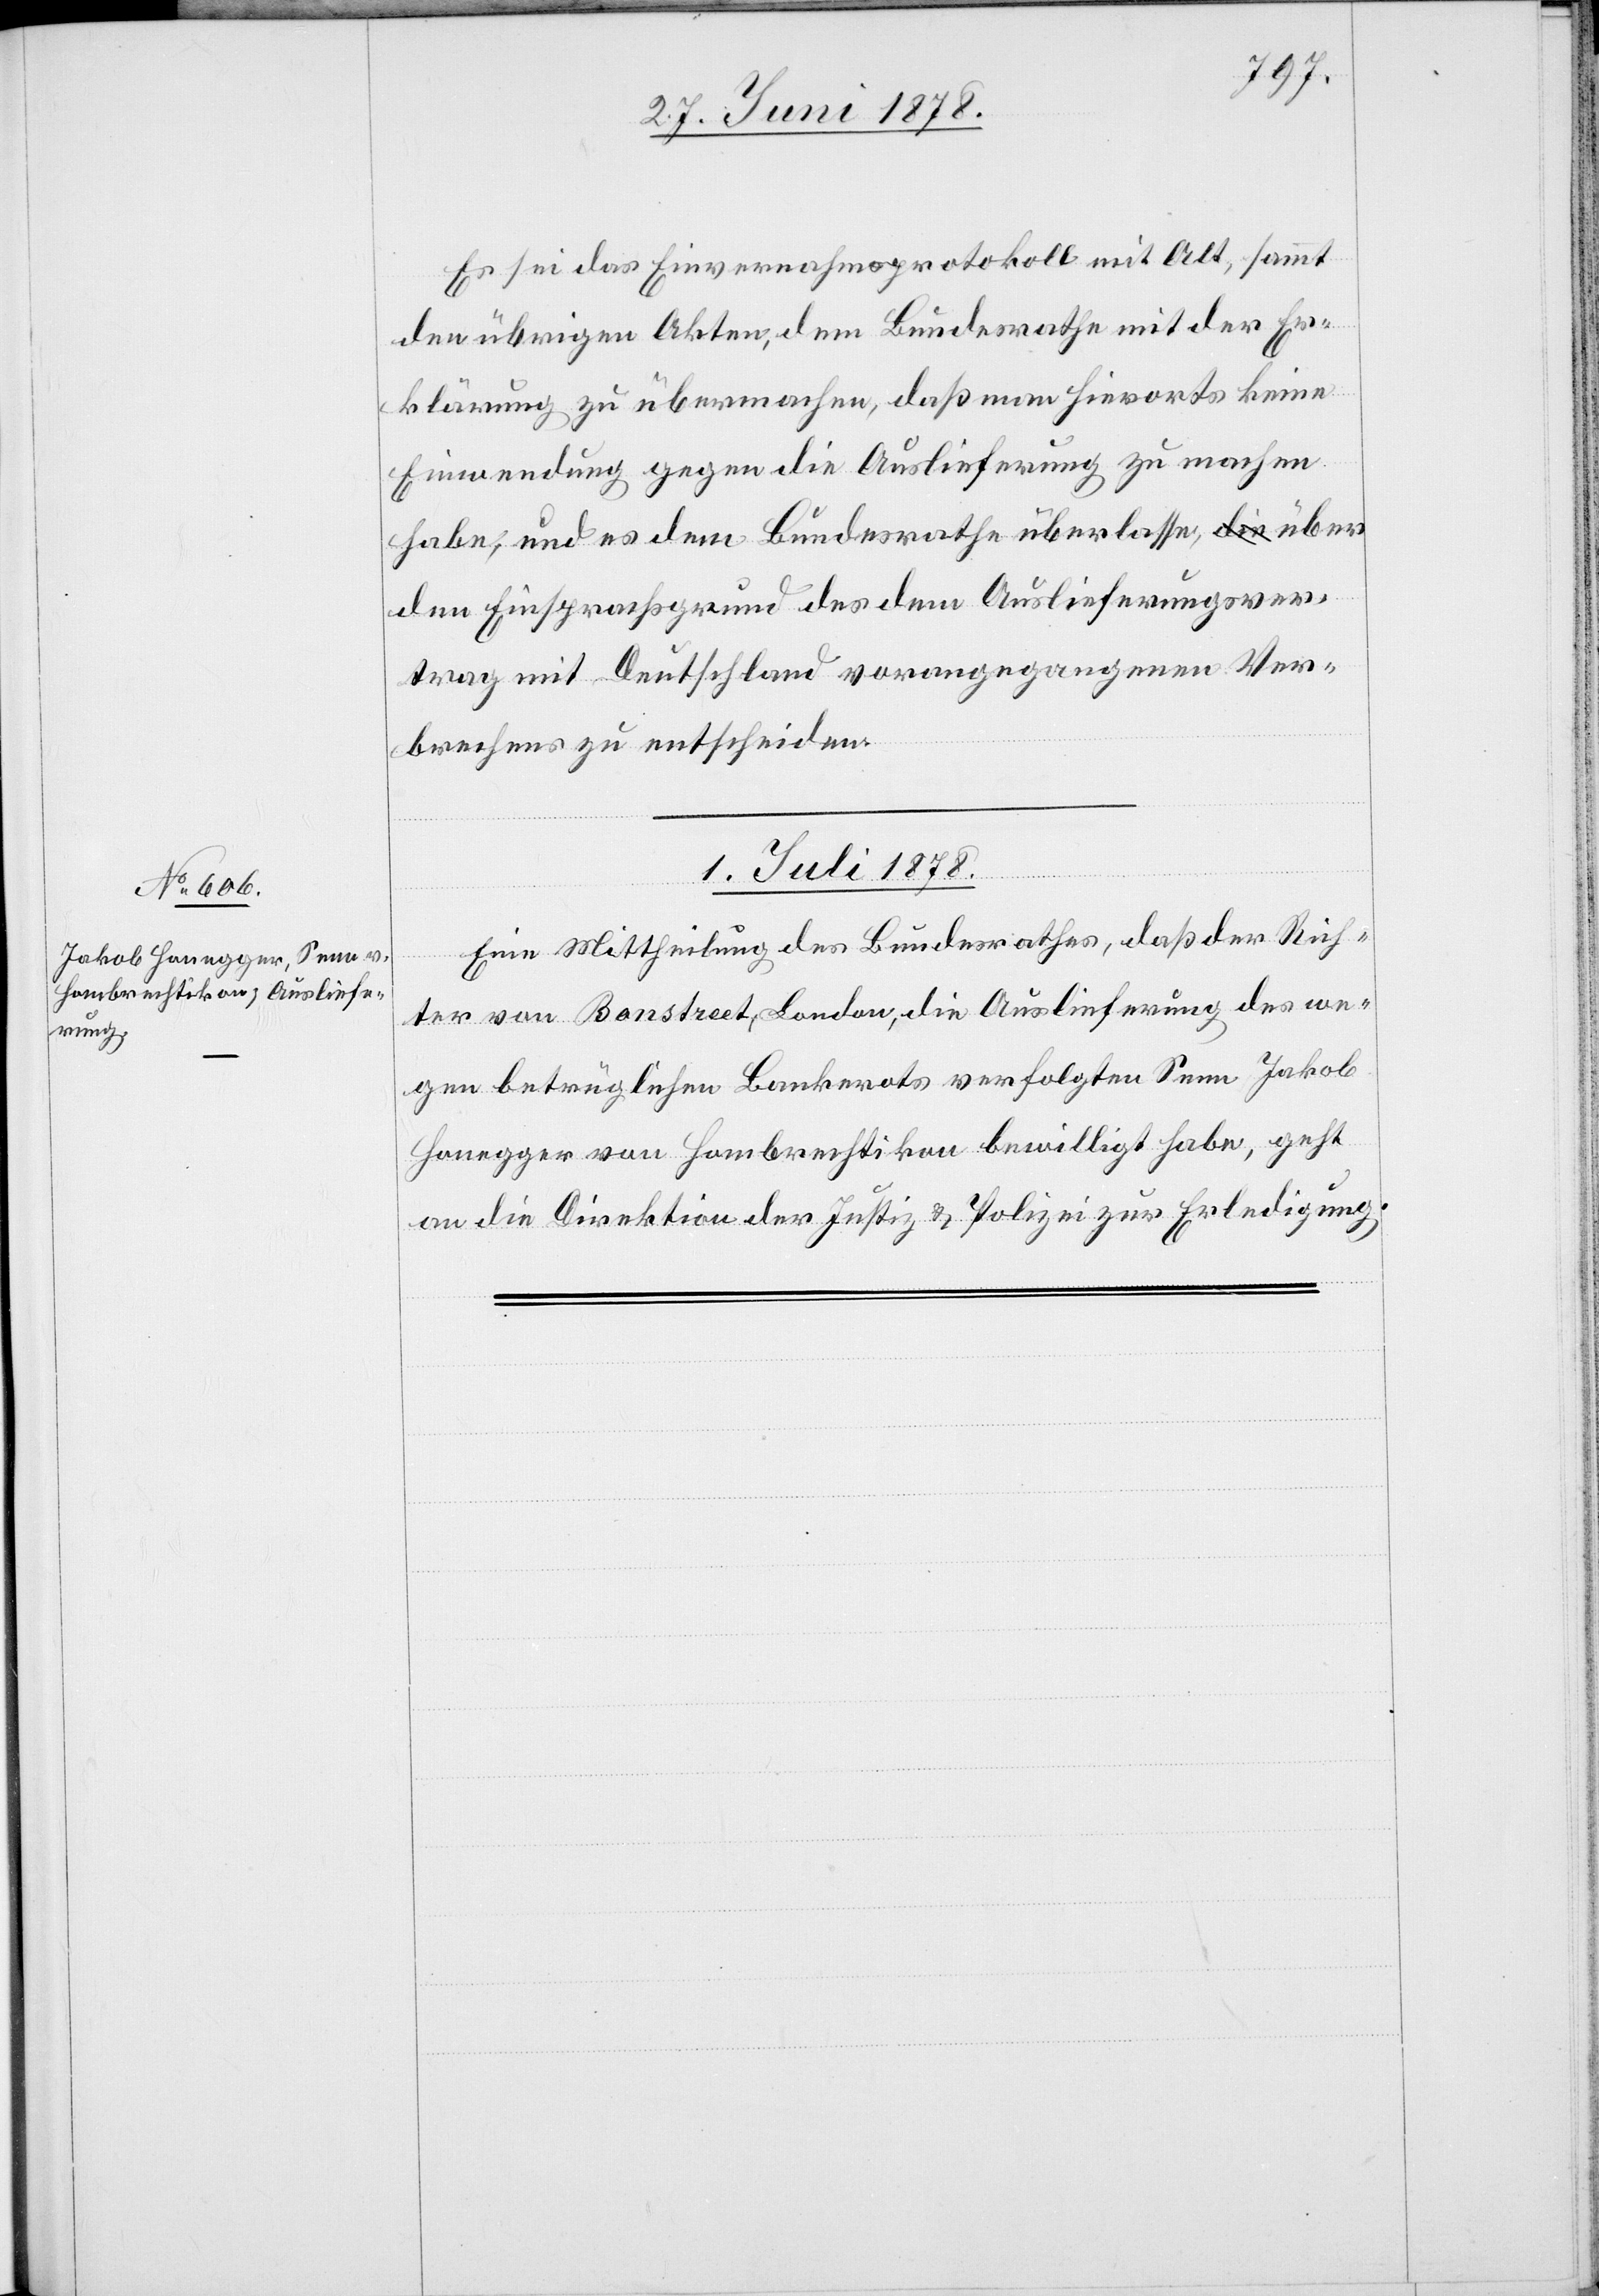
Es sei das Einvernahmsprotokoll mit Alt, sammt
den übrigen Akten, dem Bundesrathe mit der Er¬
klärung zu übermachen, daß man hierorts keine
Einwendung gegen die Auslieferung zu machen
habe, und es dem Bundesrathe überlassen, über
den Einsprachsgrund des dem Auslieferungsver¬
trag mit Deutschland vorangegangenen Ver¬
brechens zu entscheiden.
01. Juli 1878.
Eine Mittheilung des Bundesrathes, daß der Rich¬
ter von Bonstreet, London, die Auslieferung des we¬
gen betrüglichen Bankerots verfolgten Senn Jakob
Honegger von Hombrechtikon bewilligt habe, geht
an die Direktion der Justiz & Polizei zur Erledigung.